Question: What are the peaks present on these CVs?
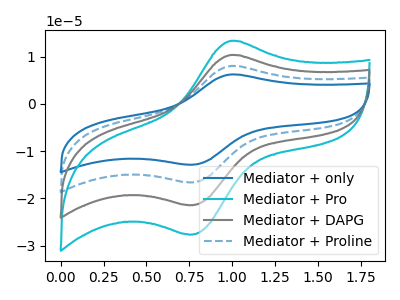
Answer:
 <answer>The blue curve "Mediator + only" has an anodic peak at (1.00V, 31.00uA) and a cathodic peak at (0.75V, -64.25uA). The cyan curve "Mediator + Pro" has an anodic peak at (1.00V, 13.35uA) and a cathodic peak at (0.75V, -27.65uA). The gray curve "Mediator + DAPG" has an anodic peak at (1.00V, 10.35uA) and a cathodic peak at (0.75V, -21.40uA). The blue dashed curve "Mediator + Proline" has an anodic peak at (1.00V, 20.65uA) and a cathodic peak at (0.75V, -42.85uA).</answer>
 <eval></eval>